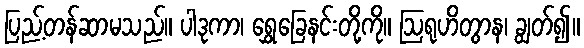
ပြည့်တန်ဆာမသည်။ ပါဒုကာ၊ ရွှေခြေနင်းတို့ကို။ ဩရုဟိတွာန၊ ချွတ်၍။